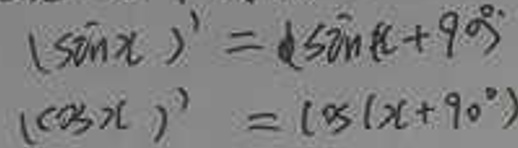
\[
\begin{align*}
(\sin x)'&=\sin(x + 90^{\circ})\\
(\cos x)'&=\cos(x + 90^{\circ})
\end{align*}
\]